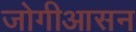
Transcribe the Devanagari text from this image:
जोगीआसन